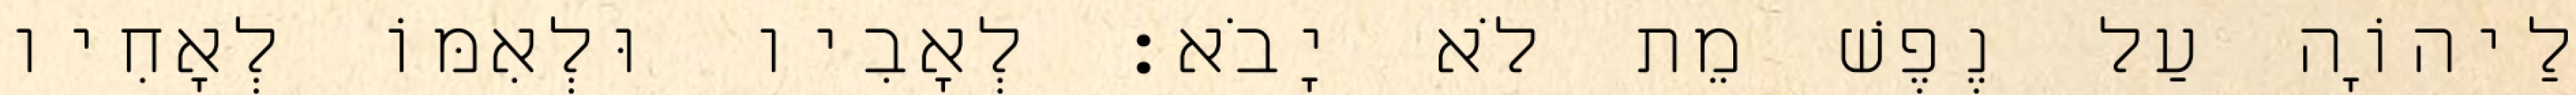
לַיהוָֹה עַל נֶפֶשׁ מֵת לֹא יָבֹא׃ לְאָבִיו וּלְאִמּוֹ לְאָחִיו